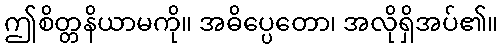
ဤစိတ္တနိယာမကို။ အဓိပ္ပေတော၊ အလိုရှိအပ်၏။